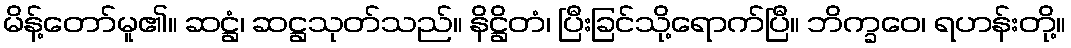
မိန့်တော်မူ၏။ ဆဋ္ဌံ၊ ဆဋ္ဌသုတ်သည်။ နိဋ္ဌိတံ၊ ပြီးခြင်သို့ရောက်ပြီ။ ဘိက္ခဝေ၊ ရဟန်းတို့။